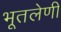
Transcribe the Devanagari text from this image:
भूतलेणी